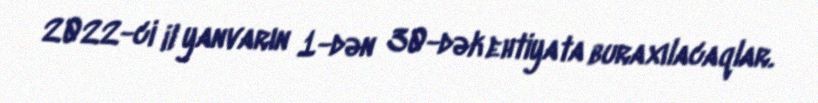
2022-ci il yanvarın 1-dən 30-dək ehtiyata buraxılacaqlar.